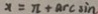
x = \pi + \arcsin